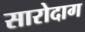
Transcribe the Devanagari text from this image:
सारोदाग